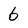
Character: 6